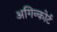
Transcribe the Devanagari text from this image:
अगिन्कोर्ट